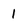
Character: 1